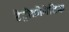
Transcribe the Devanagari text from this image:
हेट्रोक्रोमेटिक